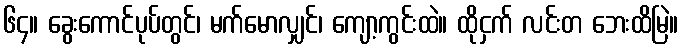
၆၄။ ခွေးကောင်ပုပ်တွင်၊ မက်မောလျှင်၊ ကျော့ကွင်းထဲ။ ထိုငှက် လင်းတ ဘေးထိမြဲ။